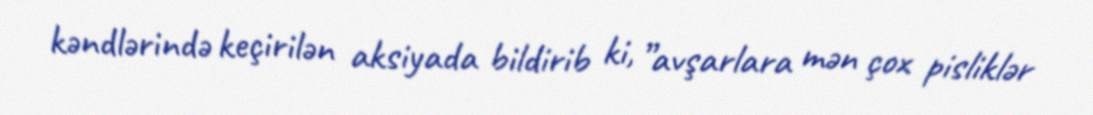
kəndlərində keçirilən aksiyada bildirib ki, ”avşarlara mən çox pisliklər